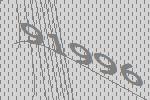
91996